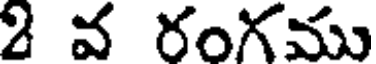
2 వ రంగము